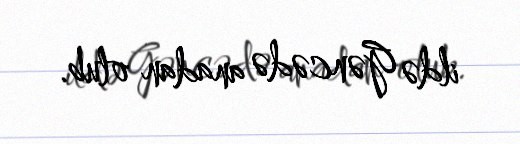
ildə Gəncədə anadan olub.